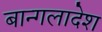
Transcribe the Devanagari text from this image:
बान्गलादेश